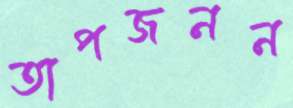
তাপজনন